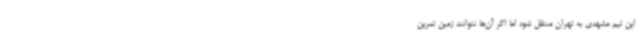
این تیم مشهدی به تهران منتقل شود اما اگر آن‌ها نتوانند زمین تمرین